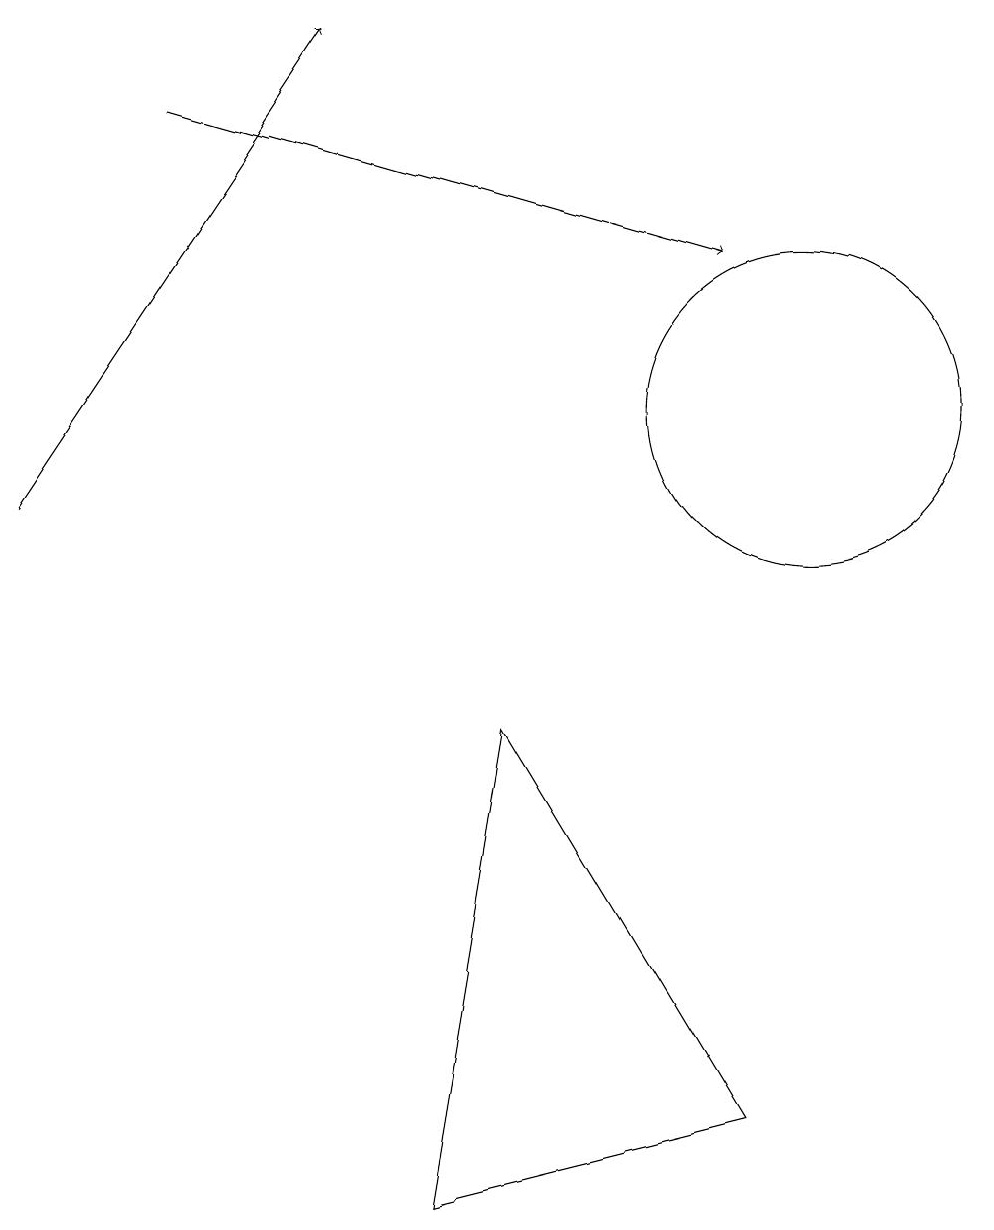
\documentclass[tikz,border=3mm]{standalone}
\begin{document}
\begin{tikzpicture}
\draw (10,12) circle (2);
\draw (5,2) -- (9,3) -- (6,8) -- cycle;
\draw[->] (0,11) -- (4,17);
\draw[->] (2,16) -- (9,14);
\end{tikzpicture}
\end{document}